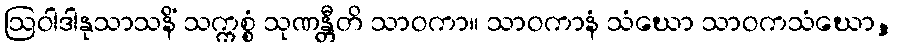
ဩဝါဒါနုသာသနိံ သက္ကစ္စံ သုဏန္တီတိ သာဝကာ။ သာဝကာနံ သံဃော သာဝကသံဃော,